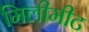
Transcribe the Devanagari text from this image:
मिलीमीट